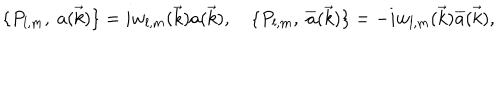
\{ P _ { l , m } , \ a ( \vec { k } ) \} = i w _ { l , m } ( \vec { k } ) a ( \vec { k } ) , \quad \{ P _ { l , m } , \ { \overline { { { a } } } } ( \vec { k } ) \} = - i w _ { l , m } ( \vec { k } ) { \overline { { { a } } } } ( \vec { k } ) ,